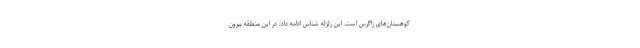
کوهستان‌های زاگرس است. این زلزله شناس ادامه داد: در این منطقه بیرون